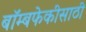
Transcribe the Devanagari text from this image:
बॉम्बफेकीसाठी